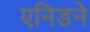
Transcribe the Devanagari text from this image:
एनिडने